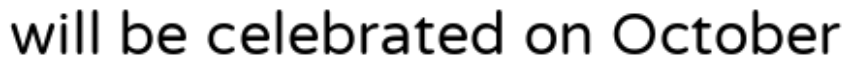
will be celebrated on October